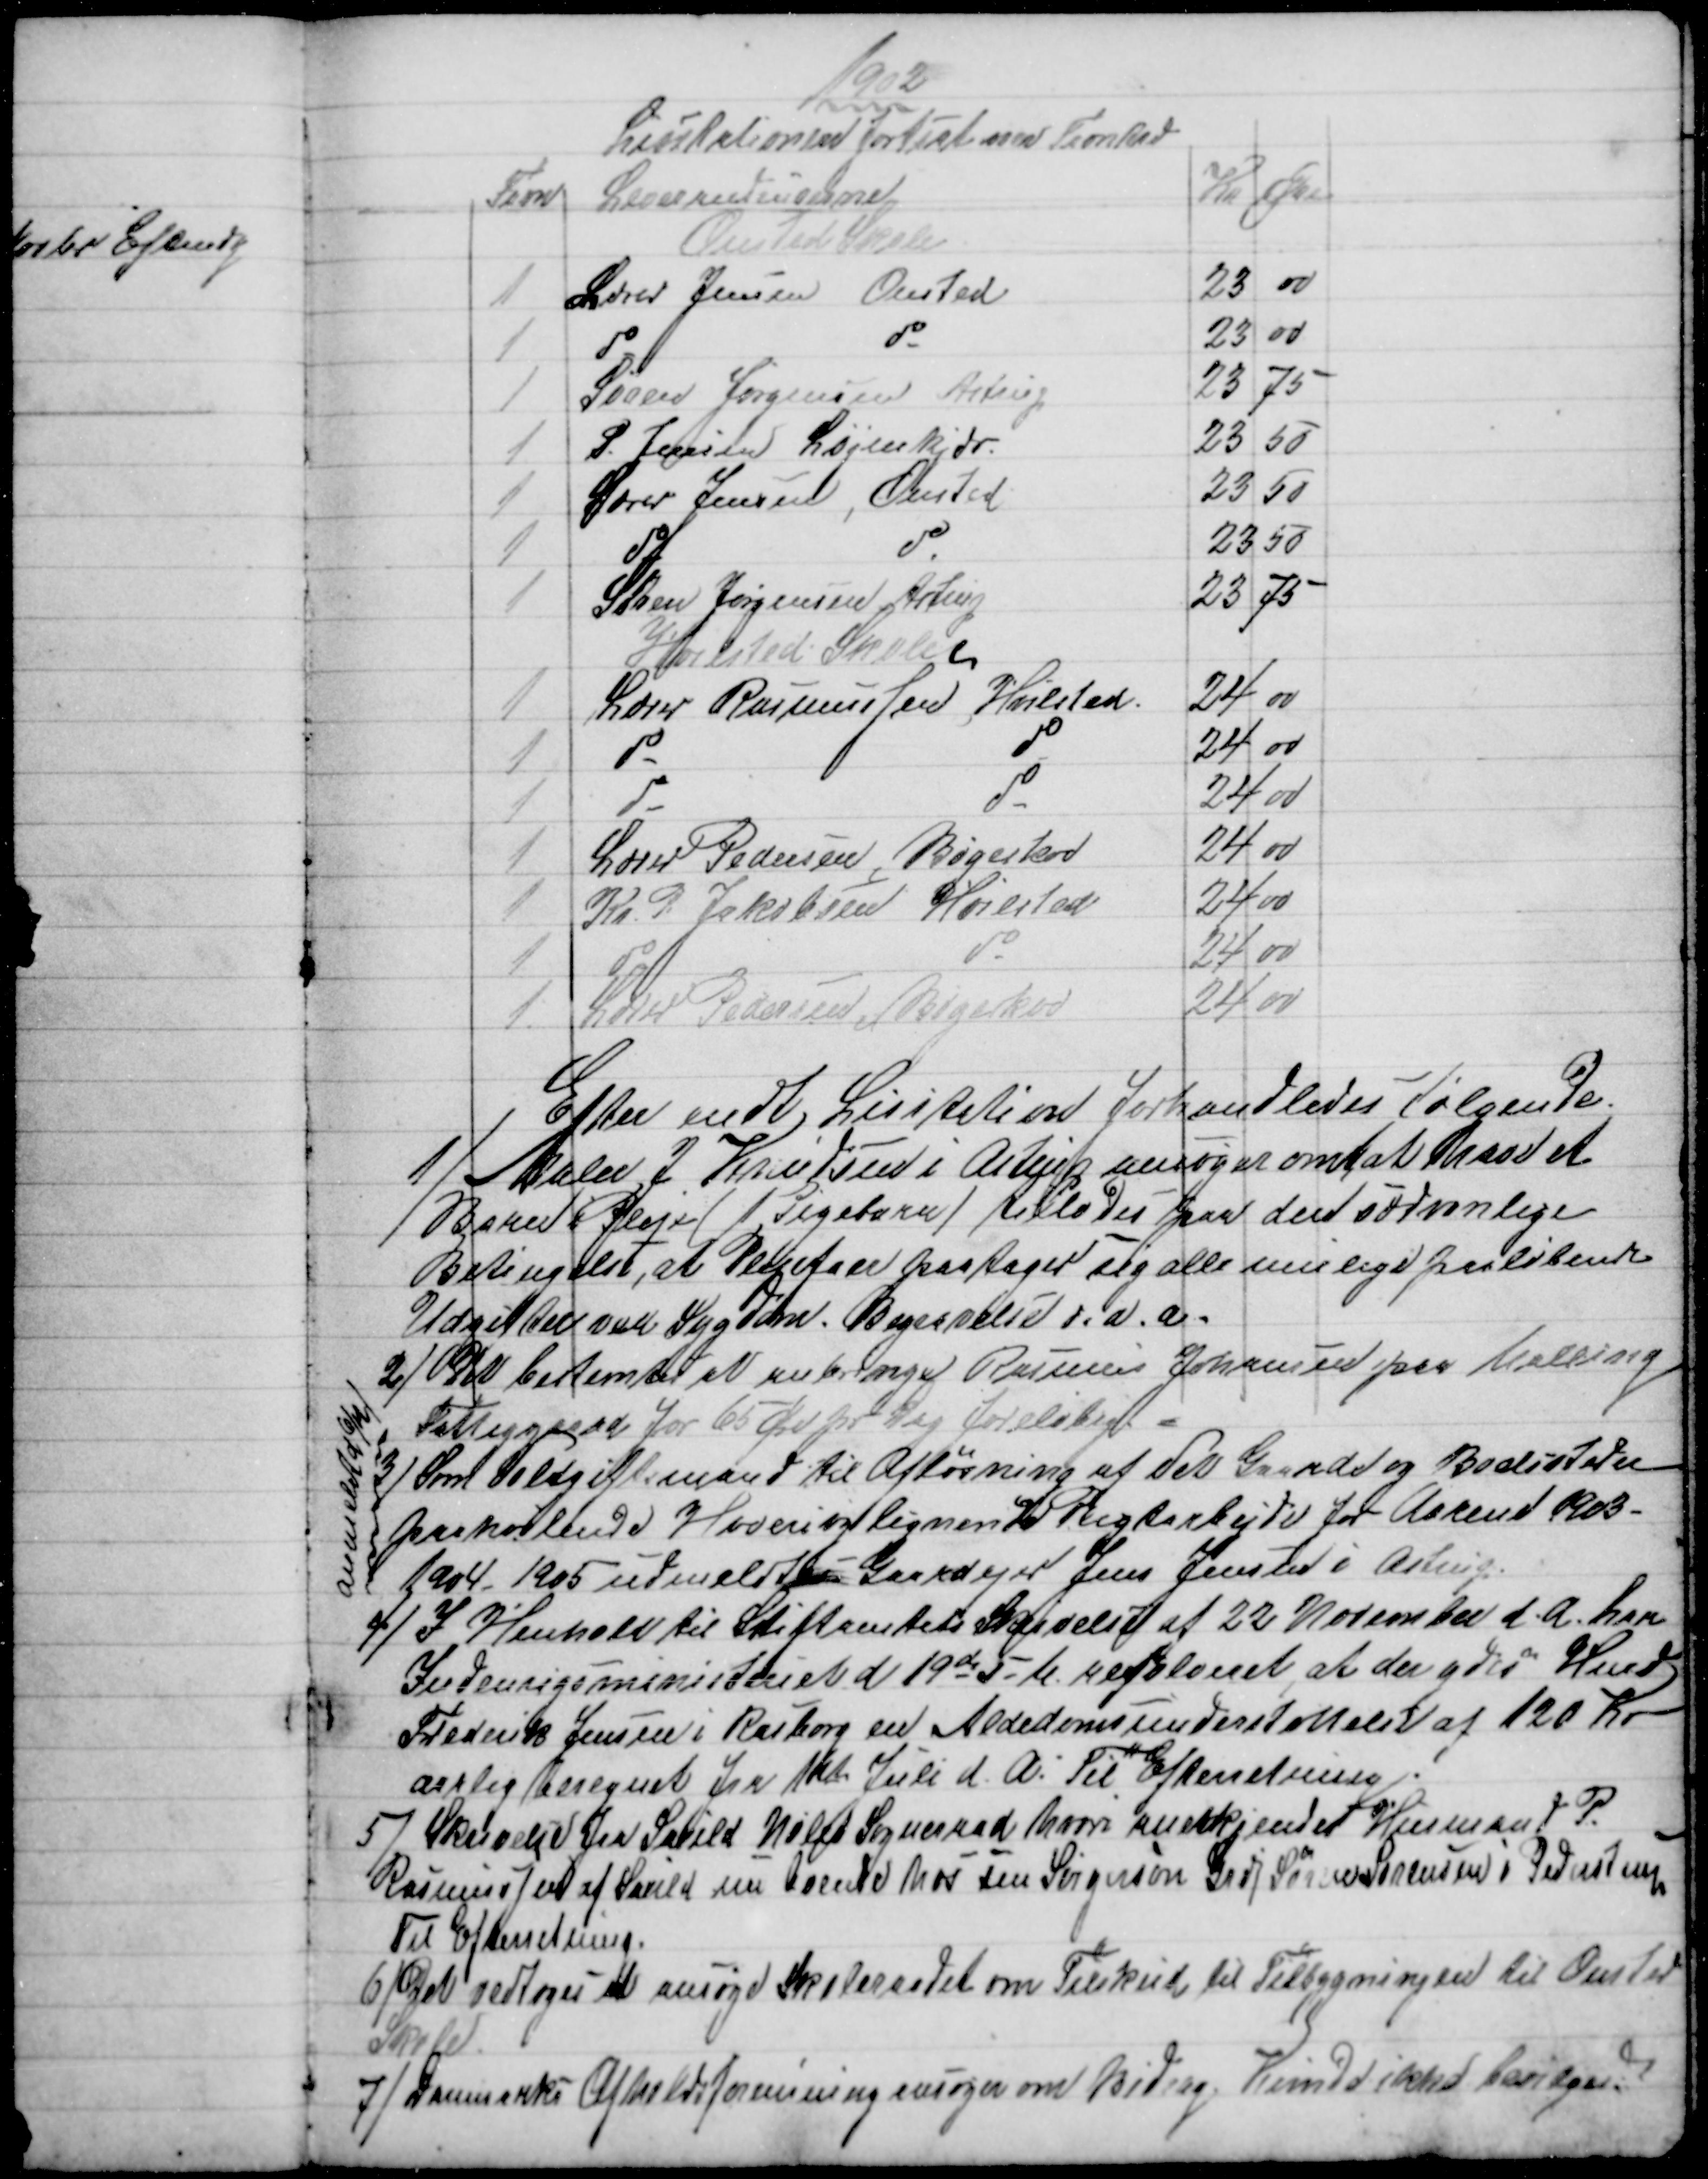
Transskription:
1902
Licitationen fortsat med Favntræ
Favn
Leverandeurerne
Kr
Øre
Onsted Skole
1
Lærer Jensen, Onsted
23
00
1
do
do
23
00
1
Søren Jørgensen, Astrup
23
75
1
P. Jensen, Løjenkiær
23
50
1
Lærer Jensen, Onsted
23
50
1
do
do
23
50
1
Søren Jørgensen Astrup
23
75
Hvilsted Skole
1
Lærer Rasmussen Hvilsted
24
00
1
do
do
24 00
1
do
do
24 00
1
Lærer Pedersen, Bøgeskov
24 00
1
Kr. P Jakobsen Hvilsted
24 00
1
do
do
24 00
1
Lærer Pedersen, Bøgeskov
24 00
Efter endt Lisitation forhandledes følgende.
1) 
Maler J. Knudsen i Astrup ansøger om at have et
Barn i Pleje (1 Pigebarn) tillodes paa den sædvanlige
Betingelse, at Plejefaer paatager sig alle mulige paaløbende
Udgifter ved Sygdom. Begravelse o.a.a.
2)  
Det bestemtes at anbringe Rasmus Johansen paa Malling
Fattiggaard for 65 Øre pr. Dag foreløbigt.
3)
Som Voldgiftsmand til Afløsning af det Gaarde og Boelsteder
paahvilende Hoveri og lignende Pligtarbejde for Aarene 1903-
1904 -1905 udmeldtes Gaardejer Jens Jensen i Astrup.
Anmeldt d 6/12
4)
 I Henhold til Stiftamtets Skrivelse af 22 November d. A. har
Indenrigsministeriet d 19de d. M. resolveret, at der ydes Hmd
Frederik Jensen i Rasborg en Alderdomsunderstøttelse af 120 Kr
aarlig beregnet fra 1st Juli d. A. Til Efterretning.
5)
Skrivelse fra Saxild Nølev Sogneraad hvori anerkjendes Husmand P.
Rasmussen af Saxild nu boende hos sin Svigersøn Grdj Søren Sørensen i Pederstrup.
Til Efterretning.
6)
Det vedtoges at ansøge Skoleraadet om Tilskud til Tilbygningen til Onsted 
Skole.
7) 
Danmarks Afholdsforenning ansøger om Bidrag. Kunne ikke bevilges.